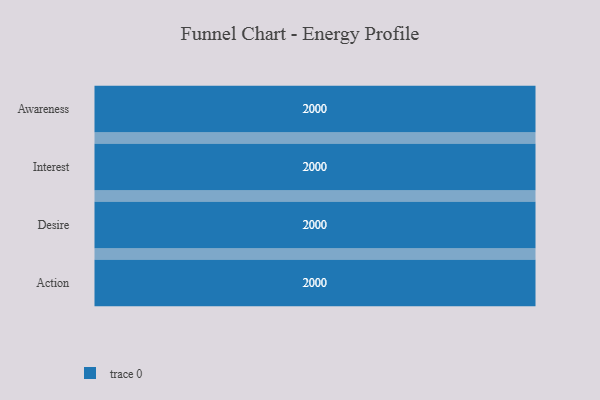
{"axis": {"x": "Stage", "y": "Value"}, "legend": [""], "data": [{"x": "Awareness", "y": 2000, "type": ""}, {"x": "Interest", "y": 2000, "type": ""}, {"x": "Desire", "y": 2000, "type": ""}, {"x": "Action", "y": 2000, "type": ""}]}